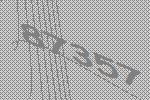
87357